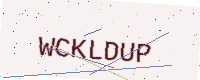
Text: WCKLDUP